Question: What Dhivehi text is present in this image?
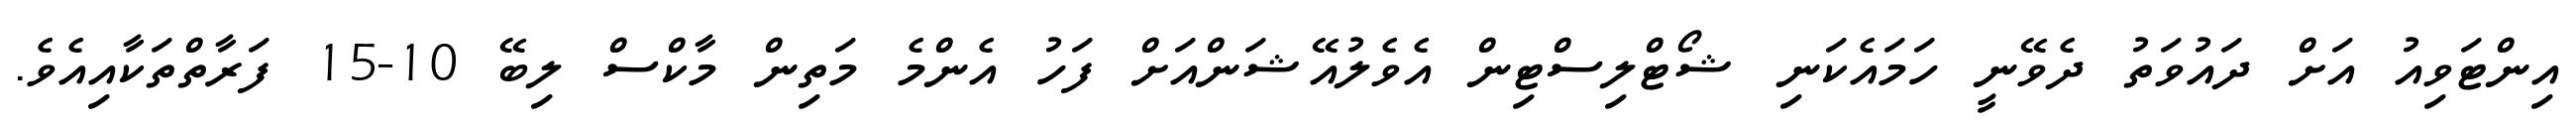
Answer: އިންޓަވިއު އަށް ދައުވަތު ދެވޭނީ ހަމައެކަނި ޝޯޓްލިސްޓިން އެވެލުއޭޝަންއަށް ފަހު އެންމެ މަތިން މާކްސް ލިބޭ 10-15 ފަރާތްތަކާއިއެވެ.